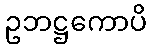
ဥဘဋ္ဌကောပိ